Annual statistical returns and brief notes on vaccination in Bengal - 1909-1929
Year: 1909
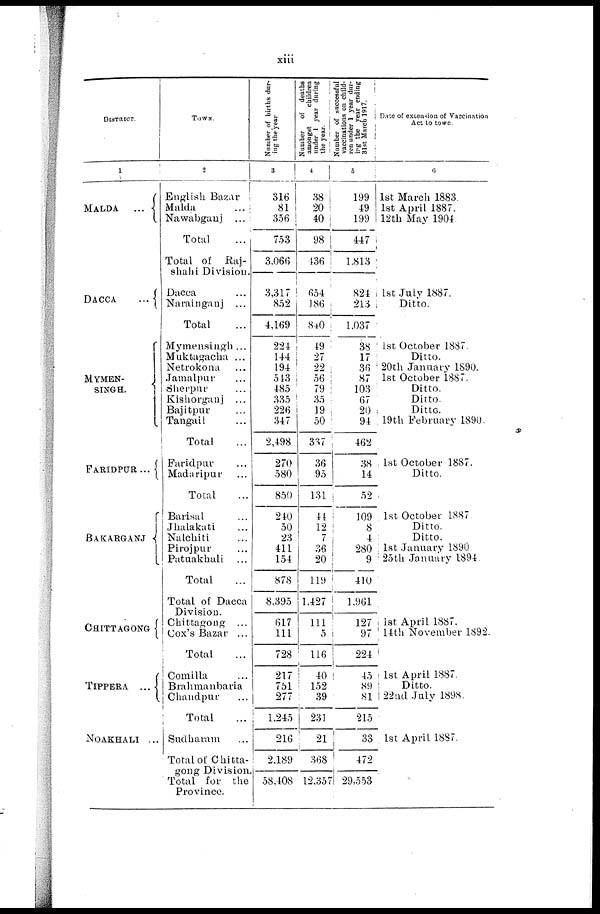
xiii
DISTRICT.
1
MALDA...
DACCA...
MYMEN¬
SINGH.
FARIDPUR...
BAKARGANJ...
CHITTAGING...
TIPPERA...
NOAKHALI...
TOWN.
2
English Bazar
Malda
Nawabganj...
Total...
Total of Raj¬
shahi Division.
Dacca
Narainganj...
Total
Mymensingh ...
Muktagacha ...
Netrokona...
Jamalpur...
Sherpur...
Kishorganj...
Bajitpur...
Tangail...
Total
Faridpur...
Madaripur...
Total
Barisal...
Jhalakati...
Nalchiti...
Pirojpur...
Patuakhali...
Total
Total of Dacca
Division.
Chittagong...
Cox's Bazar...
Total
Comilla...
Brahmanbaria
Chandpur...
Total
Sudharam...
Total of Chitta-
gong Division
Total for the
Province.
Number of births dur-
ing the year
3
316
81
356
753
3,066
3,317
852
4,169
221
144
194
543
485
335
226
347
2,498
270
580
850
240
50
23
411
154
878
8,395
617
111
728
217
751
277
1,245
216
2,189
58,408
Number
of deaths
amongst
children
under 1 year during
the year.
4
38
20
40
98
436
654
86
840
49
27
22
56
79
35
19
50
337
36
95
131
44
12
7
36
20
119
1,427
111
5
116
40
152
39
231
21
368
12,357
Number of successful
vaccinations on child-
ren under 1 year dur-
ing the year ending
31st March 1917.
5
199
49
199
447
1,813
824
213
1,037
38
17
86
87
103
67
20
94
462
38
14
52
109
8
4
280
9
410
1,961
127
97
224
45
89
81
215
33
472
29,553
Date of extension of Vaccination
Act to town.
6
1st March 1883.
1st April 1887.
12th May 1904.
1st July 1887.
Ditto.
1st October 1887.
Ditto.
20th January 1890.
1st October 1887.
Ditto.
Ditto.
Ditto.
19th February 1890.
1st October 1887.
Ditto.
1st October 1887
Ditto.
Ditto.
1st January 1890
25th January 1894.
1st April 1887.
14th November 1892
1st April 1887.
Ditto.
22nd July 1898.
1st April 1887.